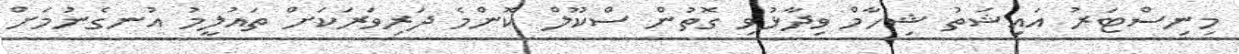
މިނިސްޓަރު އައިޝަތު ޝިހާމް ވިދާޅުވި ގޮތުން ސްކޫލް ކޮންމެ ދަރިވަރަކަށް ތައުލީމު އުނގެނުމަށް